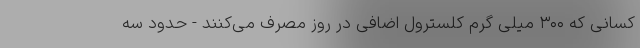
کسانی که ۳۰۰ میلی گرم کلسترول اضافی در روز مصرف می‌کنند - حدود سه